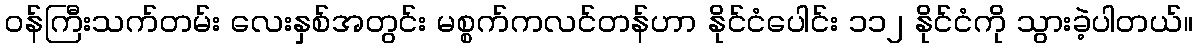
ဝန်ကြီးသက်တမ်း လေးနှစ်အတွင်း မစ္စက်ကလင်တန်ဟာ နိုင်ငံပေါင်း ၁၁၂ နိုင်ငံကို သွားခဲ့ပါတယ်။